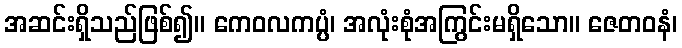
အဆင်းရှိသည်ဖြစ်၍။ ကေဝလကပ္ပံ၊ အလုံးစုံအကြွင်းမရှိသော။ ဇေတဝနံ၊